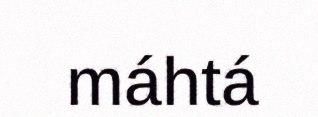
máhtá